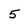
Character: 5